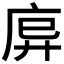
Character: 𫷩